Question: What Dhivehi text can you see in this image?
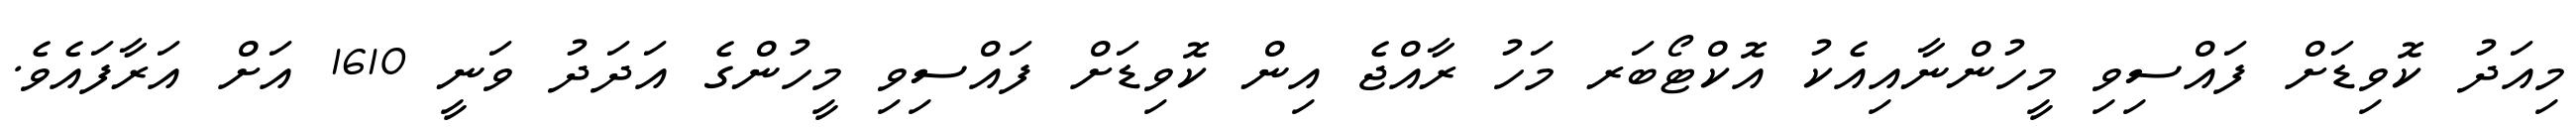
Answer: މިއަދު ކޮވިޑަށް ފައްސިވި މީހުންނާއިއެކު އޮކްޓޯބަރ މަހު ރާއްޖެ އިން ކޮވިޑަށް ފައްސިވި މީހުންގެ އަދަދު ވަނީ 1610 އަށް އަރާފައެވެ.